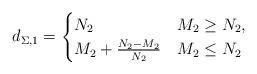
LaTeX: \begin{align*} d_{\Sigma,1}=\begin{cases}N_2 &M_2\geq N_2,\\M_2+\frac{N_2-M_2}{N_2} &M_2\leq N_2\end{cases}\end{align*}